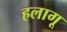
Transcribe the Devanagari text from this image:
हलागू